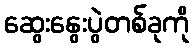
ဆွေးနွေးပွဲတစ်ခုကို